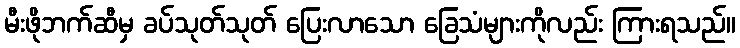
မီးဖိုဘက်ဆီမှ ခပ်သုတ်သုတ် ပြေးလာသော ခြေသံများကိုလည်း ကြားရသည်။